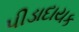
પીડાદાયક